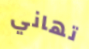
تهاني